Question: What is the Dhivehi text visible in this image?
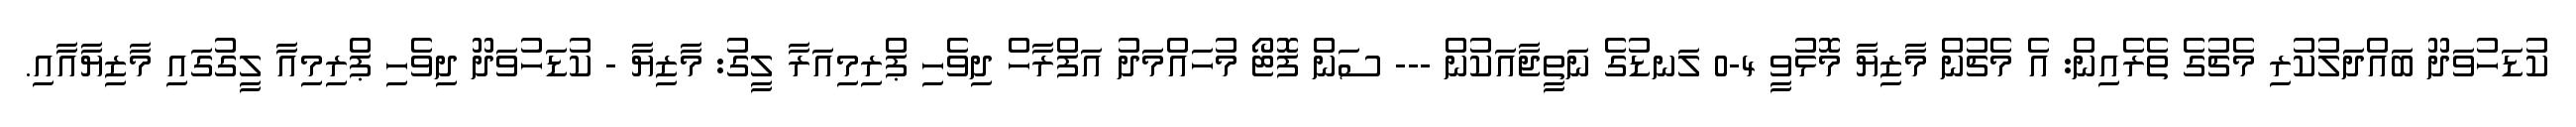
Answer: ކުޑަހުވަދޫ ބައްދަލުކުރި މެޗުގެ ތެރެއިން: އެ މެޗުން މާޒިޔާ މޮޅުވީ 4-0 ލަނޑުގެ ނަތީޖާއަކުން --- ސަން ފޮޓޯ މުހައްމަދު އަފްރާހް ދިވެހި ޕްރިމިއަރާ ލީގު: މާޒިޔާ - ކުޑަހުވަދޫ ދިވެހި ޕްރިމިއާ ލީގުގައި މާޒިޔާއާއި.